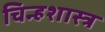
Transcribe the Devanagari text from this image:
चिन्हशास्त्र